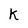
Character: k